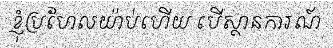
ខ្ញុំប្រហែលយ៉ាប់ហើយ បើស្ថានការណ៍